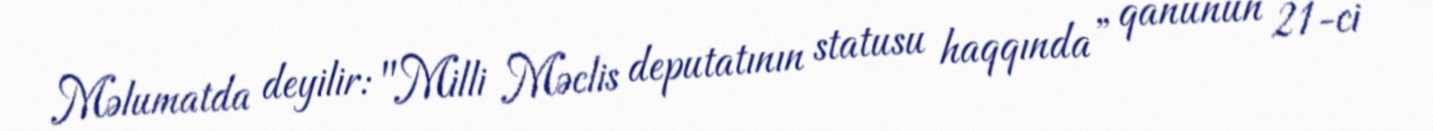
Məlumatda deyilir: "Milli Məclis deputatının statusu haqqında” qanunun 21-ci